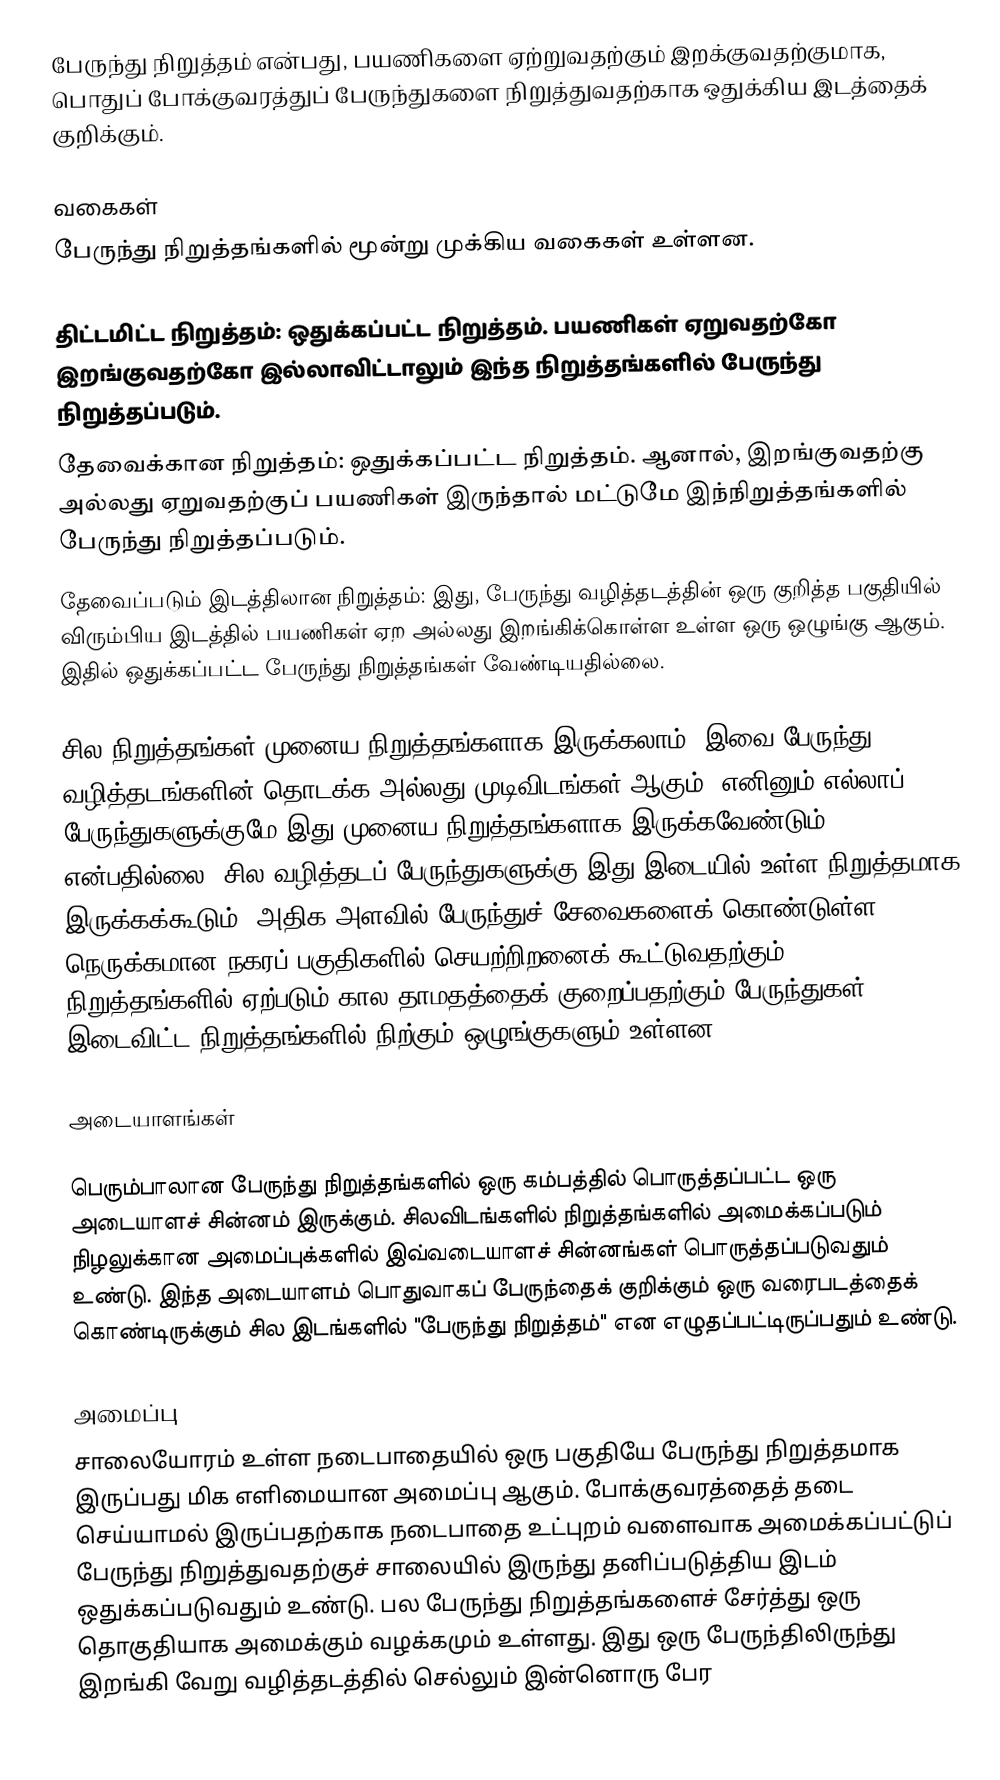
பேருந்து நிறுத்தம் என்பது, பயணிகளை ஏற்றுவதற்கும் இறக்குவதற்குமாக, பொதுப் போக்குவரத்துப் பேருந்துகளை நிறுத்துவதற்காக ஒதுக்கிய இடத்தைக் குறிக்கும்.

வகைகள்
பேருந்து நிறுத்தங்களில் மூன்று முக்கிய வகைகள் உள்ளன.

 திட்டமிட்ட நிறுத்தம்: ஒதுக்கப்பட்ட நிறுத்தம். பயணிகள் ஏறுவதற்கோ இறங்குவதற்கோ இல்லாவிட்டாலும் இந்த நிறுத்தங்களில் பேருந்து நிறுத்தப்படும்.
 தேவைக்கான நிறுத்தம்: ஒதுக்கப்பட்ட நிறுத்தம். ஆனால், இறங்குவதற்கு அல்லது ஏறுவதற்குப் பயணிகள் இருந்தால் மட்டுமே இந்நிறுத்தங்களில் பேருந்து நிறுத்தப்படும்.
 தேவைப்படும் இடத்திலான நிறுத்தம்: இது, பேருந்து வழித்தடத்தின் ஒரு குறித்த பகுதியில் விரும்பிய இடத்தில் பயணிகள் ஏற அல்லது இறங்கிக்கொள்ள உள்ள ஒரு ஒழுங்கு ஆகும். இதில் ஒதுக்கப்பட்ட பேருந்து நிறுத்தங்கள் வேண்டியதில்லை.

சில நிறுத்தங்கள் முனைய நிறுத்தங்களாக இருக்கலாம். இவை பேருந்து வழித்தடங்களின் தொடக்க அல்லது முடிவிடங்கள் ஆகும். எனினும் எல்லாப் பேருந்துகளுக்குமே இது முனைய நிறுத்தங்களாக இருக்கவேண்டும் என்பதில்லை. சில வழித்தடப் பேருந்துகளுக்கு இது இடையில் உள்ள நிறுத்தமாக இருக்கக்கூடும். அதிக அளவில் பேருந்துச் சேவைகளைக் கொண்டுள்ள நெருக்கமான நகரப் பகுதிகளில் செயற்றிறனைக் கூட்டுவதற்கும், நிறுத்தங்களில் ஏற்படும் கால தாமதத்தைக் குறைப்பதற்கும் பேருந்துகள் இடைவிட்ட நிறுத்தங்களில் நிற்கும் ஒழுங்குகளும் உள்ளன.

அடையாளங்கள்

பெரும்பாலான பேருந்து நிறுத்தங்களில் ஒரு கம்பத்தில் பொருத்தப்பட்ட ஒரு அடையாளச் சின்னம் இருக்கும். சிலவிடங்களில் நிறுத்தங்களில் அமைக்கப்படும் நிழலுக்கான அமைப்புக்களில் இவ்வடையாளச் சின்னங்கள் பொருத்தப்படுவதும் உண்டு. இந்த அடையாளம் பொதுவாகப் பேருந்தைக் குறிக்கும் ஒரு வரைபடத்தைக் கொண்டிருக்கும் சில இடங்களில் "பேருந்து நிறுத்தம்" என எழுதப்பட்டிருப்பதும் உண்டு.

அமைப்பு
சாலையோரம் உள்ள நடைபாதையில் ஒரு பகுதியே பேருந்து நிறுத்தமாக இருப்பது மிக எளிமையான அமைப்பு ஆகும். போக்குவரத்தைத் தடை செய்யாமல் இருப்பதற்காக நடைபாதை உட்புறம் வளைவாக அமைக்கப்பட்டுப் பேருந்து நிறுத்துவதற்குச் சாலையில் இருந்து தனிப்படுத்திய இடம் ஒதுக்கப்படுவதும் உண்டு. பல பேருந்து நிறுத்தங்களைச் சேர்த்து ஒரு தொகுதியாக அமைக்கும் வழக்கமும் உள்ளது. இது ஒரு பேருந்திலிருந்து இறங்கி வேறு வழித்தடத்தில் செல்லும் இன்னொரு பேர